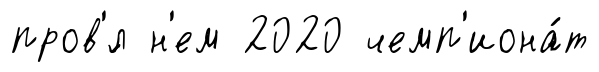
пров'́л н'ем 2020 чемп'иона́т